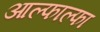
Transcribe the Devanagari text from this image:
आल्फाल्फा